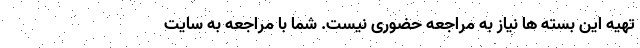
تهیه این بسته ها نیاز به مراجعه حضوری نیست. شما با مراجعه به سایت